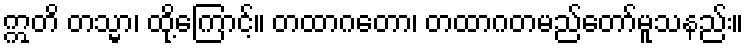
ဣတိ တသ္မာ၊ ထို့ကြောင့်။ တထာဂတော၊ တထာဂတမည်တော်မူသနည်း။